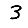
Digit: 3